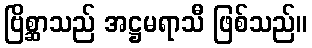
ဗြိစ္ဆာသည် အဋ္ဌမရာသီ ဖြစ်သည်။